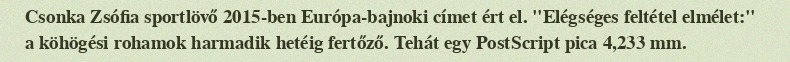
Csonka Zsófia sportlövő 2015-ben Európa-bajnoki címet ért el. "Elégséges feltétel elmélet:" a köhögési rohamok harmadik hetéig fertőző. Tehát egy PostScript pica 4,233 mm.